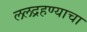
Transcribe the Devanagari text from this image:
ललद्रहण्याचा